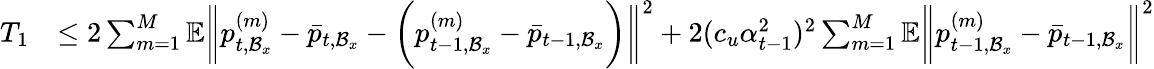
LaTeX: \begin{array}{rl}{T_{1}}&{\leq 2\sum_{m=1}^{M}\mathbb{E}\bigg\| p_{t,\mathcal{B}_{x}}^{(m)}-\bar{p}_{t,\mathcal{B}_{x}}-\bigg(p_{t-1,\mathcal{B}_{x}}^{(m)}-\bar{p}_{t-1,\mathcal{B}_{x}}\bigg)\bigg\| ^{2}+2(c_{u}\alpha_{t-1}^{2})^{2}\sum_{m=1}^{M}\mathbb{E}\bigg\| p_{t-1,\mathcal{B}_{x}}^{(m)}-\bar{p}_{t-1,\mathcal{B}_{x}}\bigg\| ^{2}}\end{array}